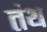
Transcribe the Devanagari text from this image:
तंथ